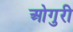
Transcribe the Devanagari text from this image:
ओगुरी